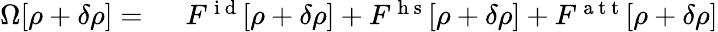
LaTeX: \begin{array}{rl}{\Omega[\rho+\delta\rho]=\ }&{{}F^{\mathrm{~i~d~}}[\rho+\delta\rho]+F^{\mathrm{~h~s~}}[\rho+\delta\rho]+F^{\mathrm{~a~t~t~}}[\rho+\delta\rho]}\end{array}